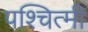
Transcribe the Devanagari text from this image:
पश्चित्मी